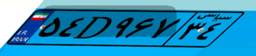
۸۸D۷۷۸۸۸